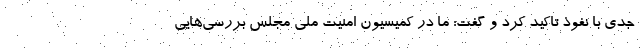
جدی با نفوذ تاکید کرد و گفت: ما در کمیسیون امنیت ملی مجلس بررسی‌هایی